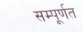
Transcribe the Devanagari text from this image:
सम्पूर्णत